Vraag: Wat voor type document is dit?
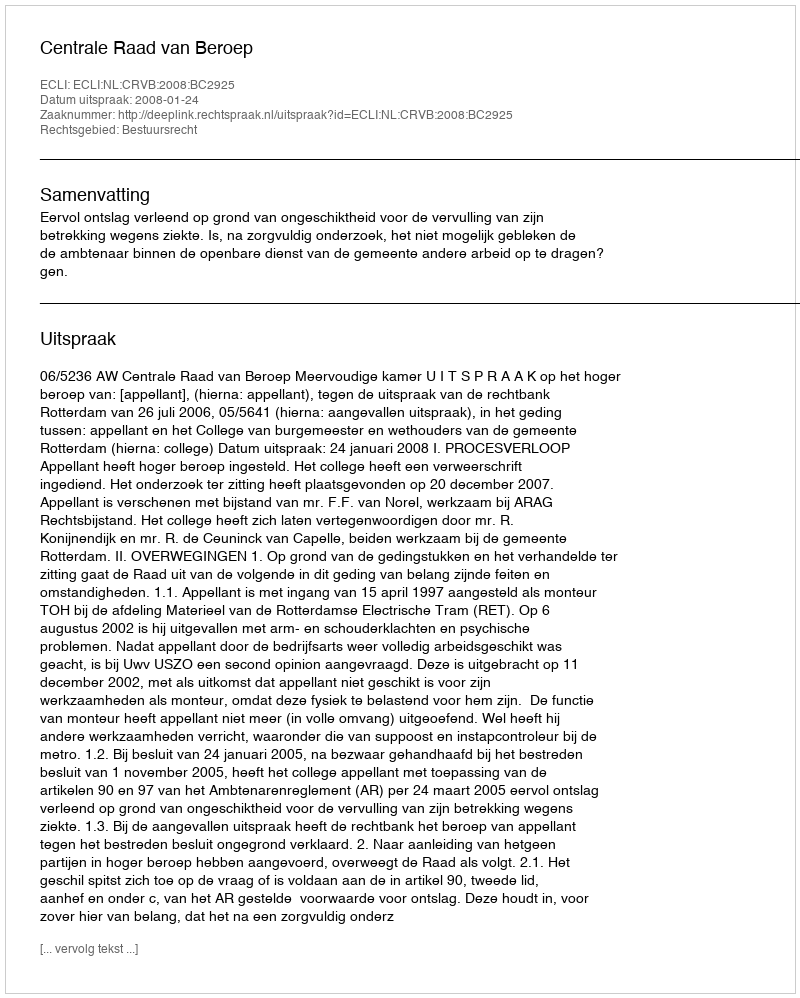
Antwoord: Uitspraak